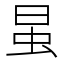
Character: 𰲭